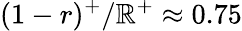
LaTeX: (1-r)^{+}/\mathbb{R}^{+}\approx0.75